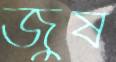
জুষ